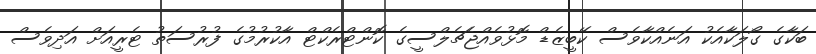
ބަކާގެ ގޯލަކާއެކު އަނެއްކާވެސް ކޭބީޒެޑް މޮޅުވެއްޖެޗެލްސީގެ ކޮންޓްރެކްޓް އާކުރުމުގެ ފުރުސަތު ޓެރީއަށް އަދިވެސް